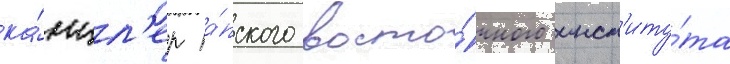
ка́нцл'ер па́пского восто́чного инст'иту́та